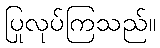
ပြုလုပ်ကြသည်။